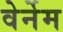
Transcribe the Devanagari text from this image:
वेर्नेम